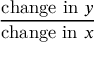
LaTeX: \frac { { \mathrm { c h a n g e ~ i n ~ } } y } { { \mathrm { c h a n g e ~ i n ~ } } x }